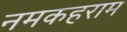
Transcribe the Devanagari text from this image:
नमकहराम